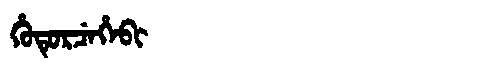
Manchu: ᡥᡠᡨᡠᡵᠴᡝᡥᡝᠪᡳ
Romanization: HUTURCEHEBI